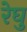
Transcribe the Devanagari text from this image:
रेघु